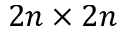
2 n \times 2 n